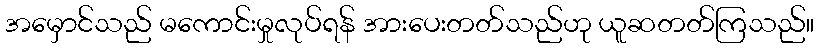
အမှောင်သည် မကောင်းမှုလုပ်ရန် အားပေးတတ်သည်ဟု ယူဆတတ်ကြသည်။